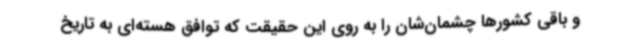
و باقی کشورها چشمان‌شان را به روی این حقیقت که توافق هسته‌ای به تاریخ